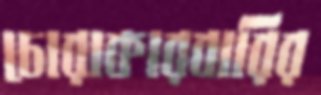
চোরাকারবারির